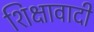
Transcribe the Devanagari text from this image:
शिक्षावादी